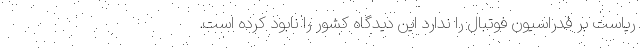
ریاست بر فدراسیون فوتبال را ندارد این دیدگاه کشور را نابود کرده است.